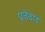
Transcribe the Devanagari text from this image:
प्रतेवाह